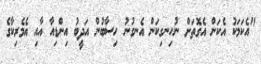
"އެކަމަކު އެކަން އެގޮތަށް ނުހިނގިކަން އެނގުނު ހިސާބުން އަދީބު އިންޑިއާ އާއި އެމެރިކާގެ